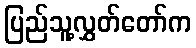
ပြည်သူ့လွှတ်တော်က